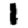
Digit: 1